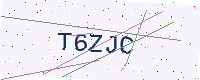
Text: T6ZJC